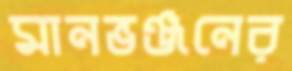
মানভঞ্জনের